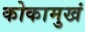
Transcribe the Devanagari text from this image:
कोकामुखं